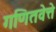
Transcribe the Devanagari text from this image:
गणितवेत्ते